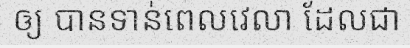
ឲ្យ បានទាន់ពេលវេលា ដែលជា